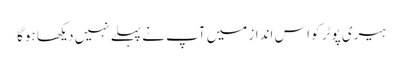
ہیری پوٹر کو اس انداز میں آپ نے پہلے نہیں دیکھا ہوگا